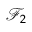
\mathcal { F } _ { 2 }